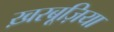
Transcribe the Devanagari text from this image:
ख़रबूज़िया